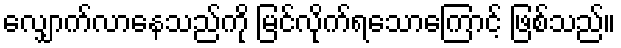
လျှောက်လာနေသည်ကို မြင်လိုက်ရသောကြောင့် ဖြစ်သည်။